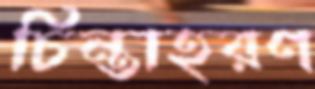
চিন্তাহরণ